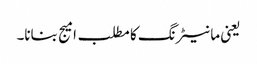
یعنی مانیٹرنگ کا مطلب امیج بنانا۔